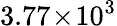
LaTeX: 3.77\! \times\! 10^{3}